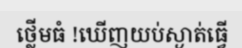
ថ្លើមធំ !ឃើញយប់ស្ងាត់ធ្វើ